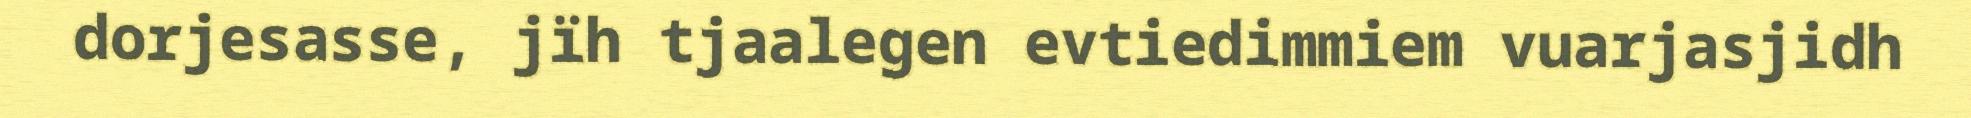
dorjesasse, jïh tjaalegen evtiedimmiem vuarjasjidh